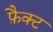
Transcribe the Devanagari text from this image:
फ़ैक्ट